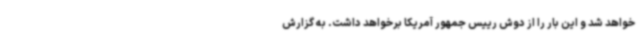
خواهد شد و این بار را از دوش رییس جمهور آمریکا برخواهد داشت. به گزارش